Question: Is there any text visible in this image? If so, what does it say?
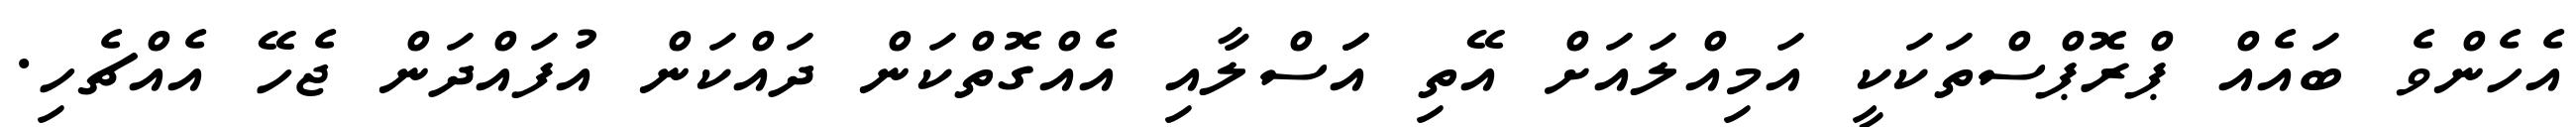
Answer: އެހެންވެ ބައެއް ޕްރޮޕްސްތަކަކީ އަމިއްލައަށް އޭތި އަަސްލާއި އެއްގޮތްކަން ދައްކަން އުފައްދަން ޖެހޭ އެއްޗެހި.